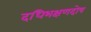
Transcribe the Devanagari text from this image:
दधिभक्षणदोष